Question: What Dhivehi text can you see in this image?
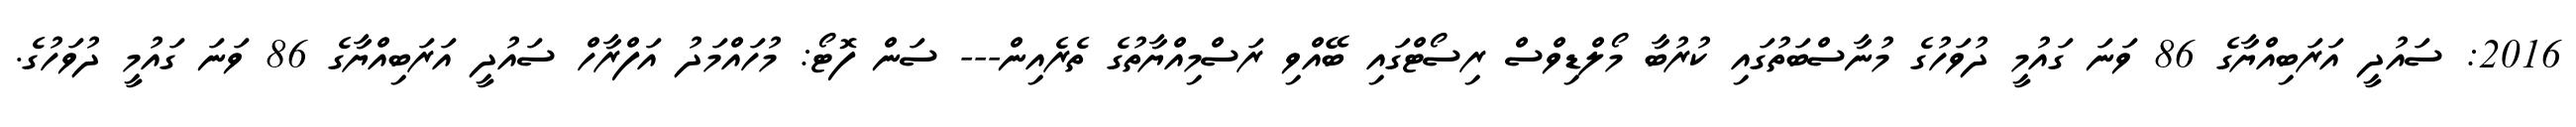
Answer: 2016: ސައުދީ އަރަބިއްޔާގެ 86 ވަނަ ގައުމީ ދުވަހުގެ މުނާސްބަތުގައި ކުރުބާ މޯލްޑިވްސް ރިސޯޓްގައި ބޭއްވި ރަސްމިއްޔާތުގެ ތެރެއިން--- ސަން ފޮޓޯ: މުހައްމަދު އަފްރާހް ސައުދީ އަރަބިއްޔާގެ 86 ވަނަ ގައުމީ ދުވަހުގެ.